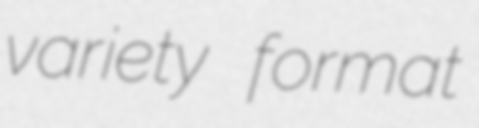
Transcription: variety format